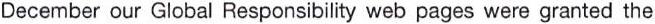
December our Global Responsibility web pages were granted the